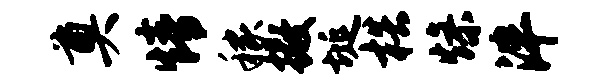
奠情稼撒埏梏燥泮